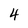
Character: 4